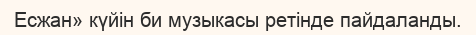
Есжан» күйін би музыкасы ретінде пайдаланды.